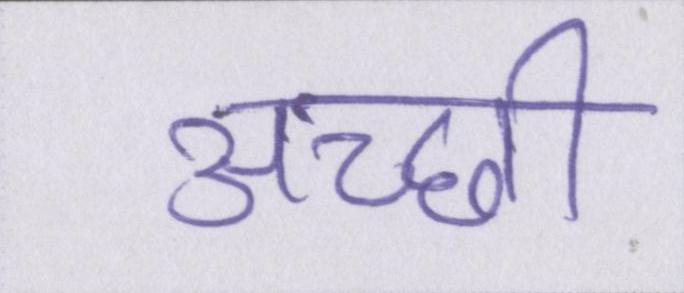
अच्छी